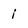
Character: i